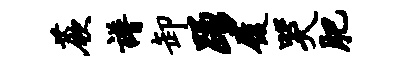
蕨谱卸踊履哭肥